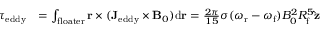
\begin{array} { r l } { \boldsymbol { \tau } _ { \mathrm { e d d y } } } & { = \int _ { \mathrm { f l o a t e r } } \mathbf { r } \times ( \mathbf { J } _ { \mathrm { e d d y } } \times \mathbf { B } _ { 0 } ) \mathrm { d } \mathbf { r } = \frac { 2 \pi } { 1 5 } \sigma ( \omega _ { \mathrm { r } } - \omega _ { \mathrm { f } } ) B _ { 0 } ^ { 2 } R _ { \mathrm { f } } ^ { 5 } \mathbf { \hat { z } } } \end{array}